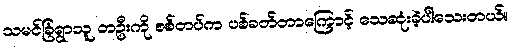
သမင်ခြံရွာသူ တဦးကို စစ်တပ်က ပစ်ခတ်တာကြောင့် သေဆုံးခဲ့ပါသေးတယ်။